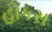
હોકસ